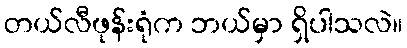
တယ်လီဖုန်းရုံက ဘယ်မှာ ရှိပါသလဲ။